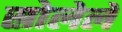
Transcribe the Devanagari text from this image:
स्रोलेले